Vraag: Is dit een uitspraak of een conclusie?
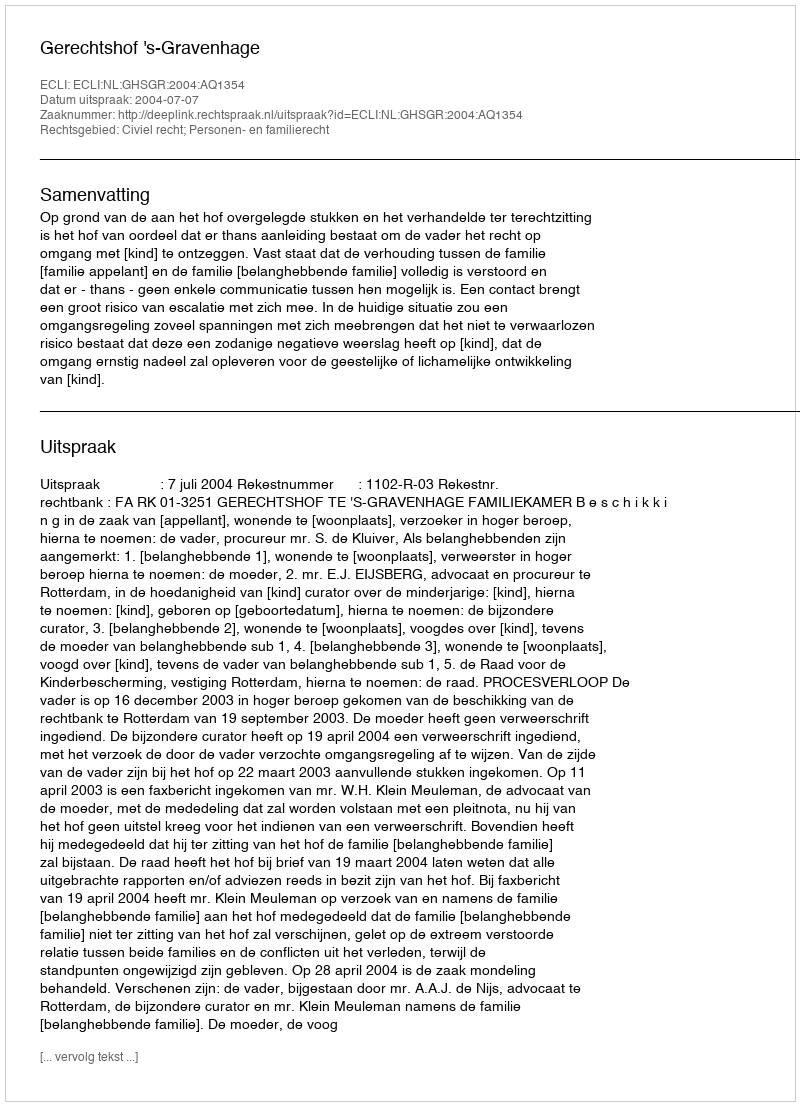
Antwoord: Uitspraak